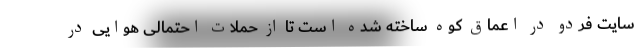
سایت فردو در اعماق کوه ساخته شده است تا از حملات احتمالی هوایی در